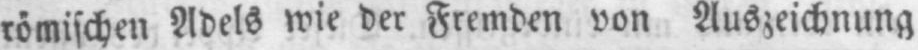
römischen Adels wie der Fremden von Auszeichnung